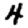
Digit: 4